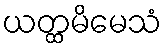
ယတ္ထမိမေသံ